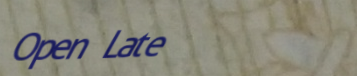
Open Late